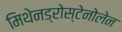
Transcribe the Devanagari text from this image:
मिथेनड्रोस्टेनोलेन